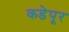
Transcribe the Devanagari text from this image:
कडेपूर